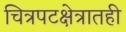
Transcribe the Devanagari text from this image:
चित्रपटक्षेत्रातही